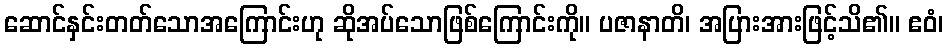
ဆောင်နှင်းတတ်သောအကြောင်းဟု ဆိုအပ်သောဖြစ်ကြောင်းကို။ ပဇာနာတိ၊ အပြားအားဖြင့်သိ၏။ ဧဝံ၊